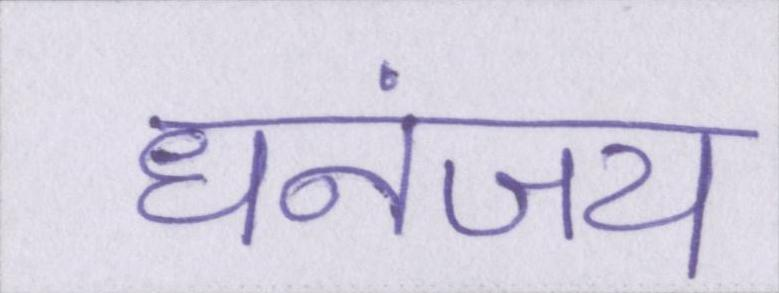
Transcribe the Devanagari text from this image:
धनंजय